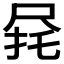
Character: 𫵟